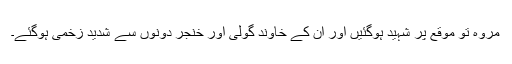
مروہ تو موقع پر شہید ہوگئیں اور ان کے خاوند گولی اور خنجر دونوں سے شدید زخمی ہوگئے۔